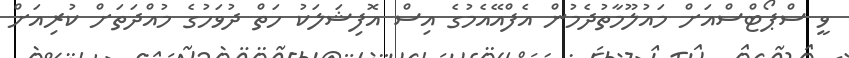
ވީ ސްޕޯޓްސްއަށް މައުލޫމާތުދެމުން އެފްއޭއެމުގެ އިސް އޮފިޝަލަކު ހަތް ދުވަހުގެ މުއްދަތަށް ކުރިއަށް